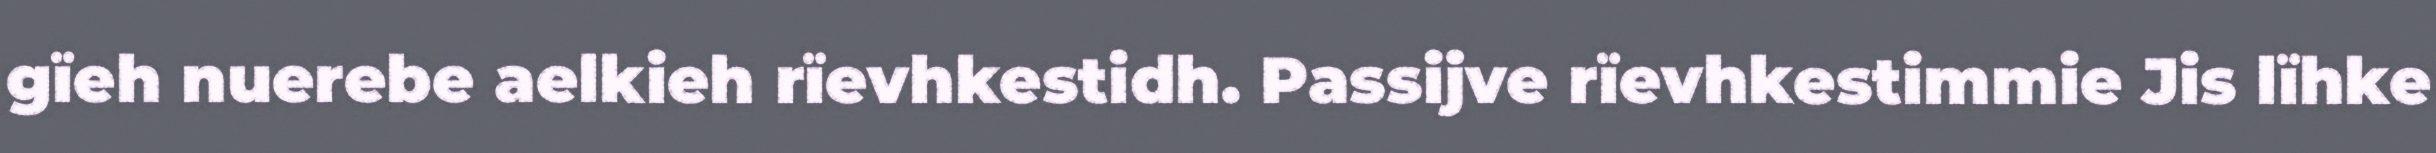
gïeh nuerebe aelkieh rïevhkestidh. Passijve rïevhkestimmie Jis lïhke